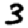
Digit: 3